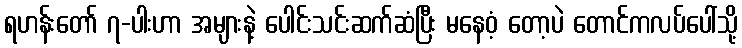
ရဟန်းတော် ၇-ပါးဟာ အများနဲ့ ပေါင်းသင်းဆက်ဆံပြီး မနေဝံ့ တော့ပဲ တောင်ကလပ်ပေါ်သို့